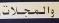
والمجلات